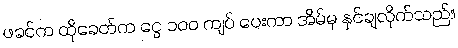
ဖခင်က ထိုခေတ်က ငွေ ၁၀၀ ကျပ် ပေးကာ အိမ်မှ နှင်ချလိုက်သည်။